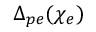
\Delta _ { p e } ( \chi _ { e } )